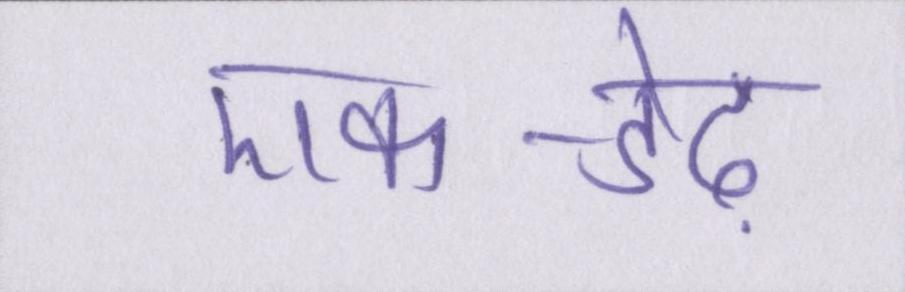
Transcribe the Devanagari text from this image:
एक-डेढ़